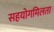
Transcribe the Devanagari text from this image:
सहयोगमिलता